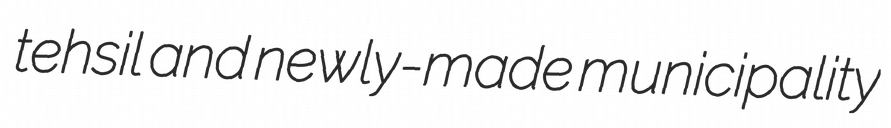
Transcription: tehsil and newly-made municipality